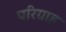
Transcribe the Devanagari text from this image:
परिग्राह